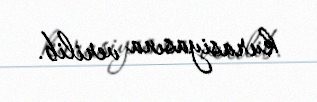
kurasiyasına verilib.